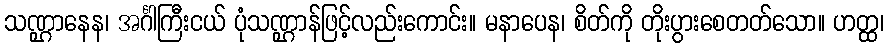
သဏ္ဌာနေန၊ အင်္ဂါကြီးငယ် ပုံသဏ္ဌာန်ဖြင့်လည်းကောင်း။ မနာပေန၊ စိတ်ကို တိုးပွားစေတတ်သော။ ဟတ္ထ၊